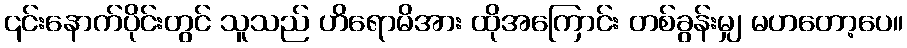
၎င်းနောက်ပိုင်းတွင် သူသည် ဟိရောမိအား ထိုအကြောင်း တစ်ခွန်းမျှ မဟတော့ပေ။